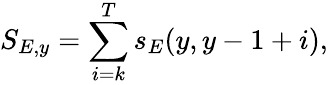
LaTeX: S_{E,y}=\sum_{i=k}^{T}s_{E}(y,y-1+i),